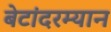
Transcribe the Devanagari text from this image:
बेटांदरम्यान